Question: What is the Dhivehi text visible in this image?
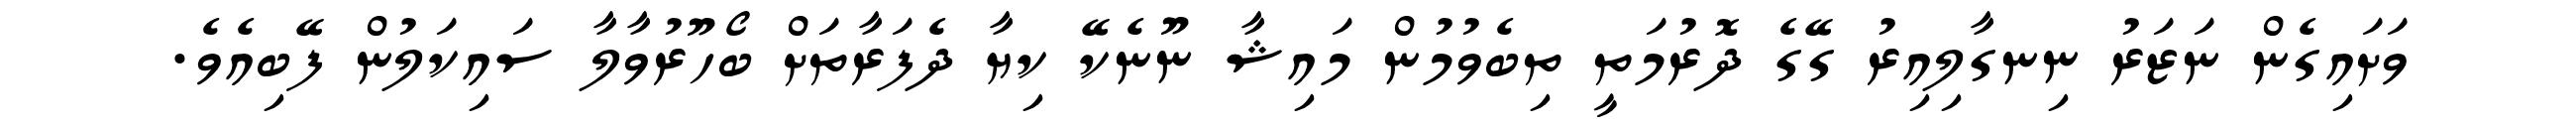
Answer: ވަށައިގެން ނަޒަރު ނިނގާލިއިރު ގޭގެ ދޮރުމަތީ ތިބެވުމުން މައިޝާ ނޫނެކޭ ކިޔާ ދެފަރާތަށް ބޯހޫރުވާލާ ސައިކަލުން ފޭބިއެވެ.